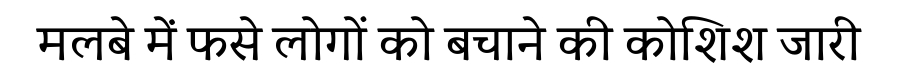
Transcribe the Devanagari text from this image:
मलबे में फसे लोगों को बचाने की कोशिश जारी